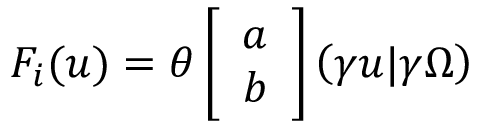
F _ { i } ( u ) = \theta \left[ \begin{array} { c } { { a } } \\ { { b } } \end{array} \right] \left( \gamma u | \gamma \Omega \right)